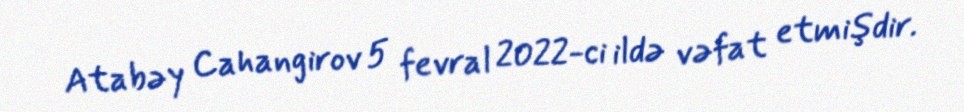
Atabəy Cahangirov 5 fevral 2022-ci ildə vəfat etmişdir.